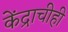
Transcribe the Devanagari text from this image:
केंद्राचीही